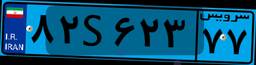
۸۱S۷۰۴۸۶